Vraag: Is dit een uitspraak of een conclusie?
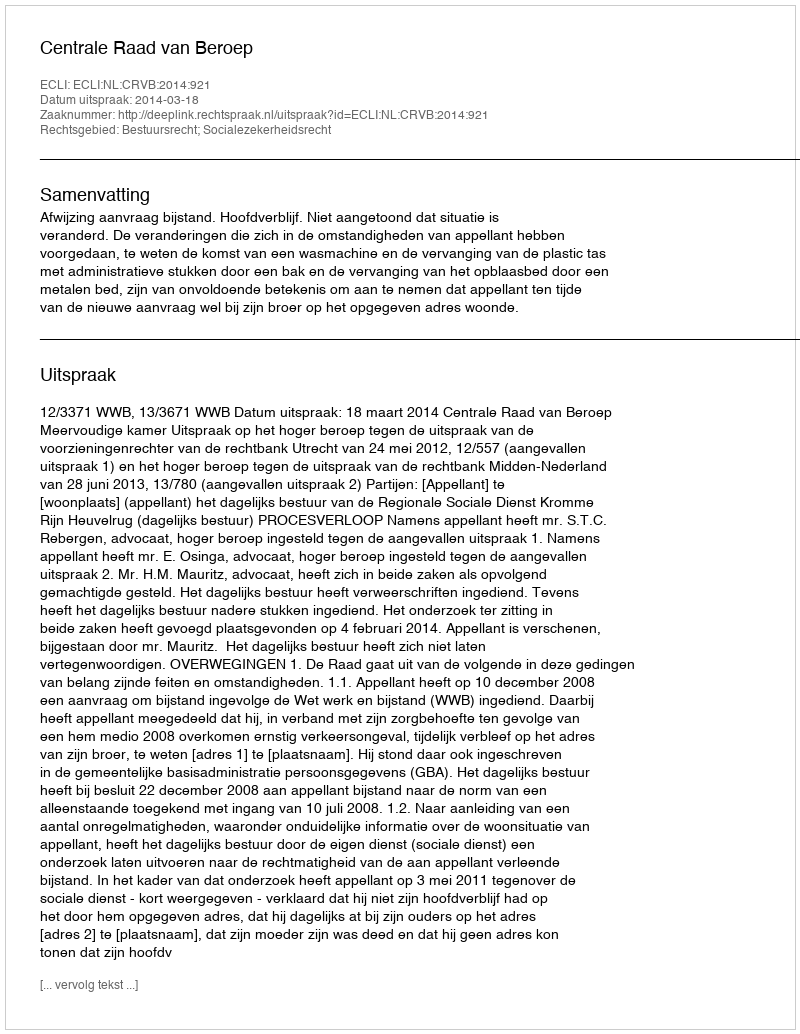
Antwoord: Uitspraak